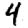
Digit: 4